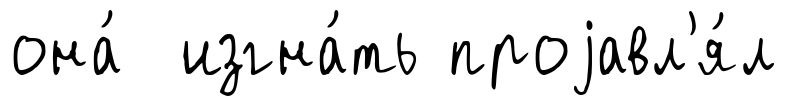
она́ изгна́ть проjавл'я́л